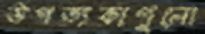
উপত্যকাগুলো